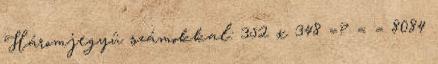
Háromjegyû számokkal: 352 x 348 =? = = 8084